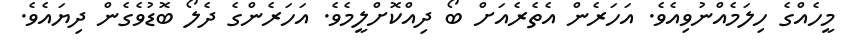
މީހެއްގެ ހިލަމެއްނުވިއެވެ. އަހަރެން އެތެރެއަށް ބޯ ދިއްކޮށްލީމެވެ. އަހަރެންގެ ދެލޯ ބޮޑުވެގެން ދިޔައެވެ.